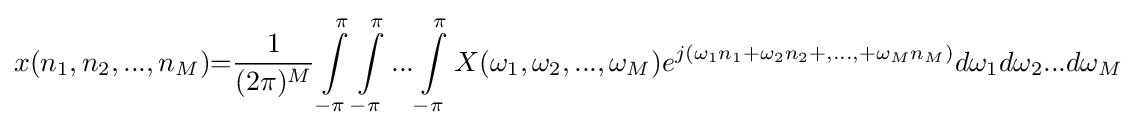
x(n_{1},n_{2},...,n_{M}){=}{\frac {1}{(2\pi )^{M}}}\int \limits _{-\pi }^{\pi }\int \limits _{-\pi }^{\pi }...\int \limits _{-\pi }^{\pi }X(\omega _{1},\omega _{2},...,\omega _{M})e^{j(\omega _{1}n_{1}+\omega _{2}n_{2}+,...,+\omega _{M}n_{M})}d\omega _{1}d\omega _{2}...d\omega _{M}